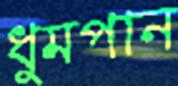
ধুমপান